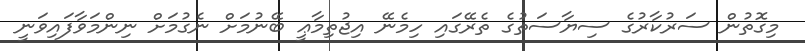
މިގޮތުން ސަރުކާރުގެ ސިޔާސަތުގެ ތެރޭގައި ހިމެނޭ އިޖުތިމާޢީ ބޭނުމަށް ނެގުމަށް ނިންމަވާފައިވަނީ